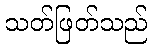
သတ်ဖြတ်သည်